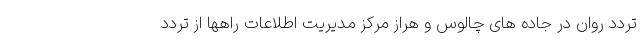
تردد روان در جاده های چالوس و هراز مرکز مدیریت اطلاعات راهها از تردد